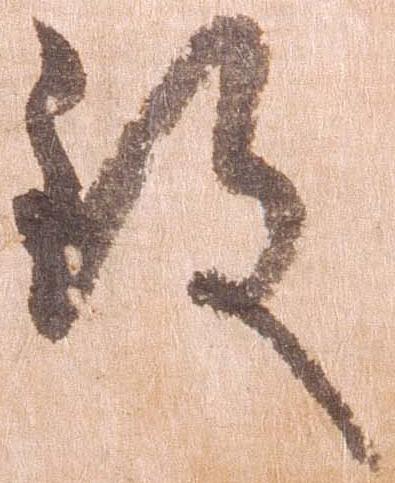
致